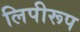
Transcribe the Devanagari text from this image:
लिपीरूप